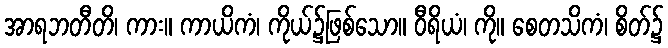
အာရဘတီတိ၊ ကား။ ကာယိကံ၊ ကိုယ်၌ဖြစ်သော။ ဝီရိယံ၊ ကို။ စေတသိကံ၊ စိတ်၌